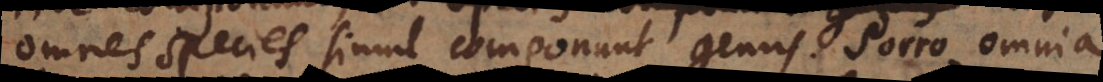
omnes species simul componunt genus. Porro omnia